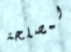
لمصلحة